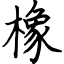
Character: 橡